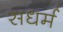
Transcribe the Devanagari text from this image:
सधर्म